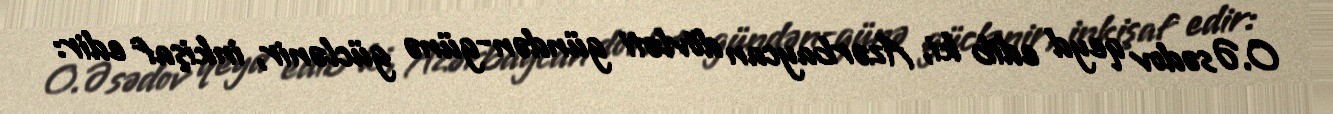
O.Əsədov qeyd edib ki, Azərbaycan dövləti gündən-günə güclənir, inkişaf edir: